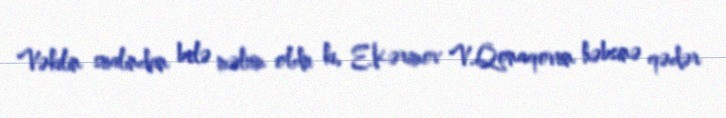
Vəkilin sualından belə məlum oldu ki, E.Kərimov V.Qonaqovun həbsinə qədər